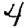
Digit: 4